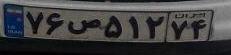
۷۶ص۵۱۲۷۴